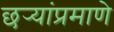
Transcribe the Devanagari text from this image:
छर्‍यांप्रमाणे